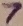
Text: 7